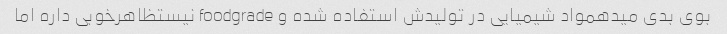
بوی بدی میدهمواد شیمیایی در تولیدش استفاده شده و foodgrade نیستظاهر‌خوبی داره اما